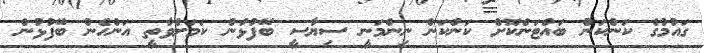
ގައުމުގެ ކަންކަން ބައްޓަންކޮށް ކަންކަން ނިންމަނީ ސިޔާސީ ބޭފުޅުން ކަމަށްވާތީ އަންހެން ބޭފުޅުން